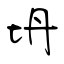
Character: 坍